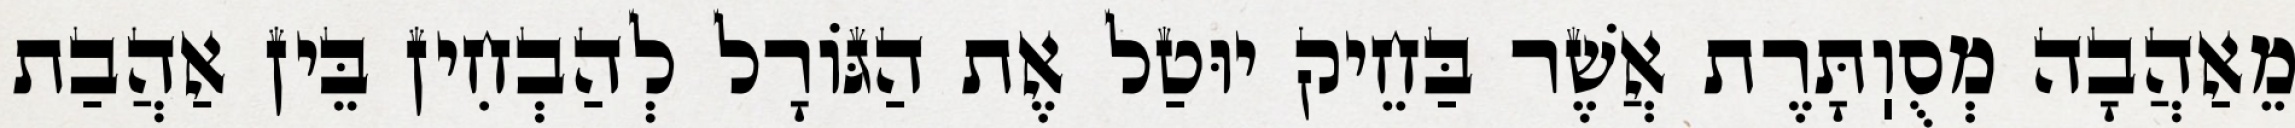
מֵאַהֲבָה מְסֻוֽתָּרֶת אֲשֶׁר בַּחֵיק יוּטַל אֶת הַגּוֹרָל לְהַבְחִין בֵּין אַהֲבַת